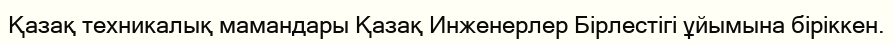
Қазақ техникалық мамандары Қазақ Инженерлер Бірлестігі ұйымына біріккен.